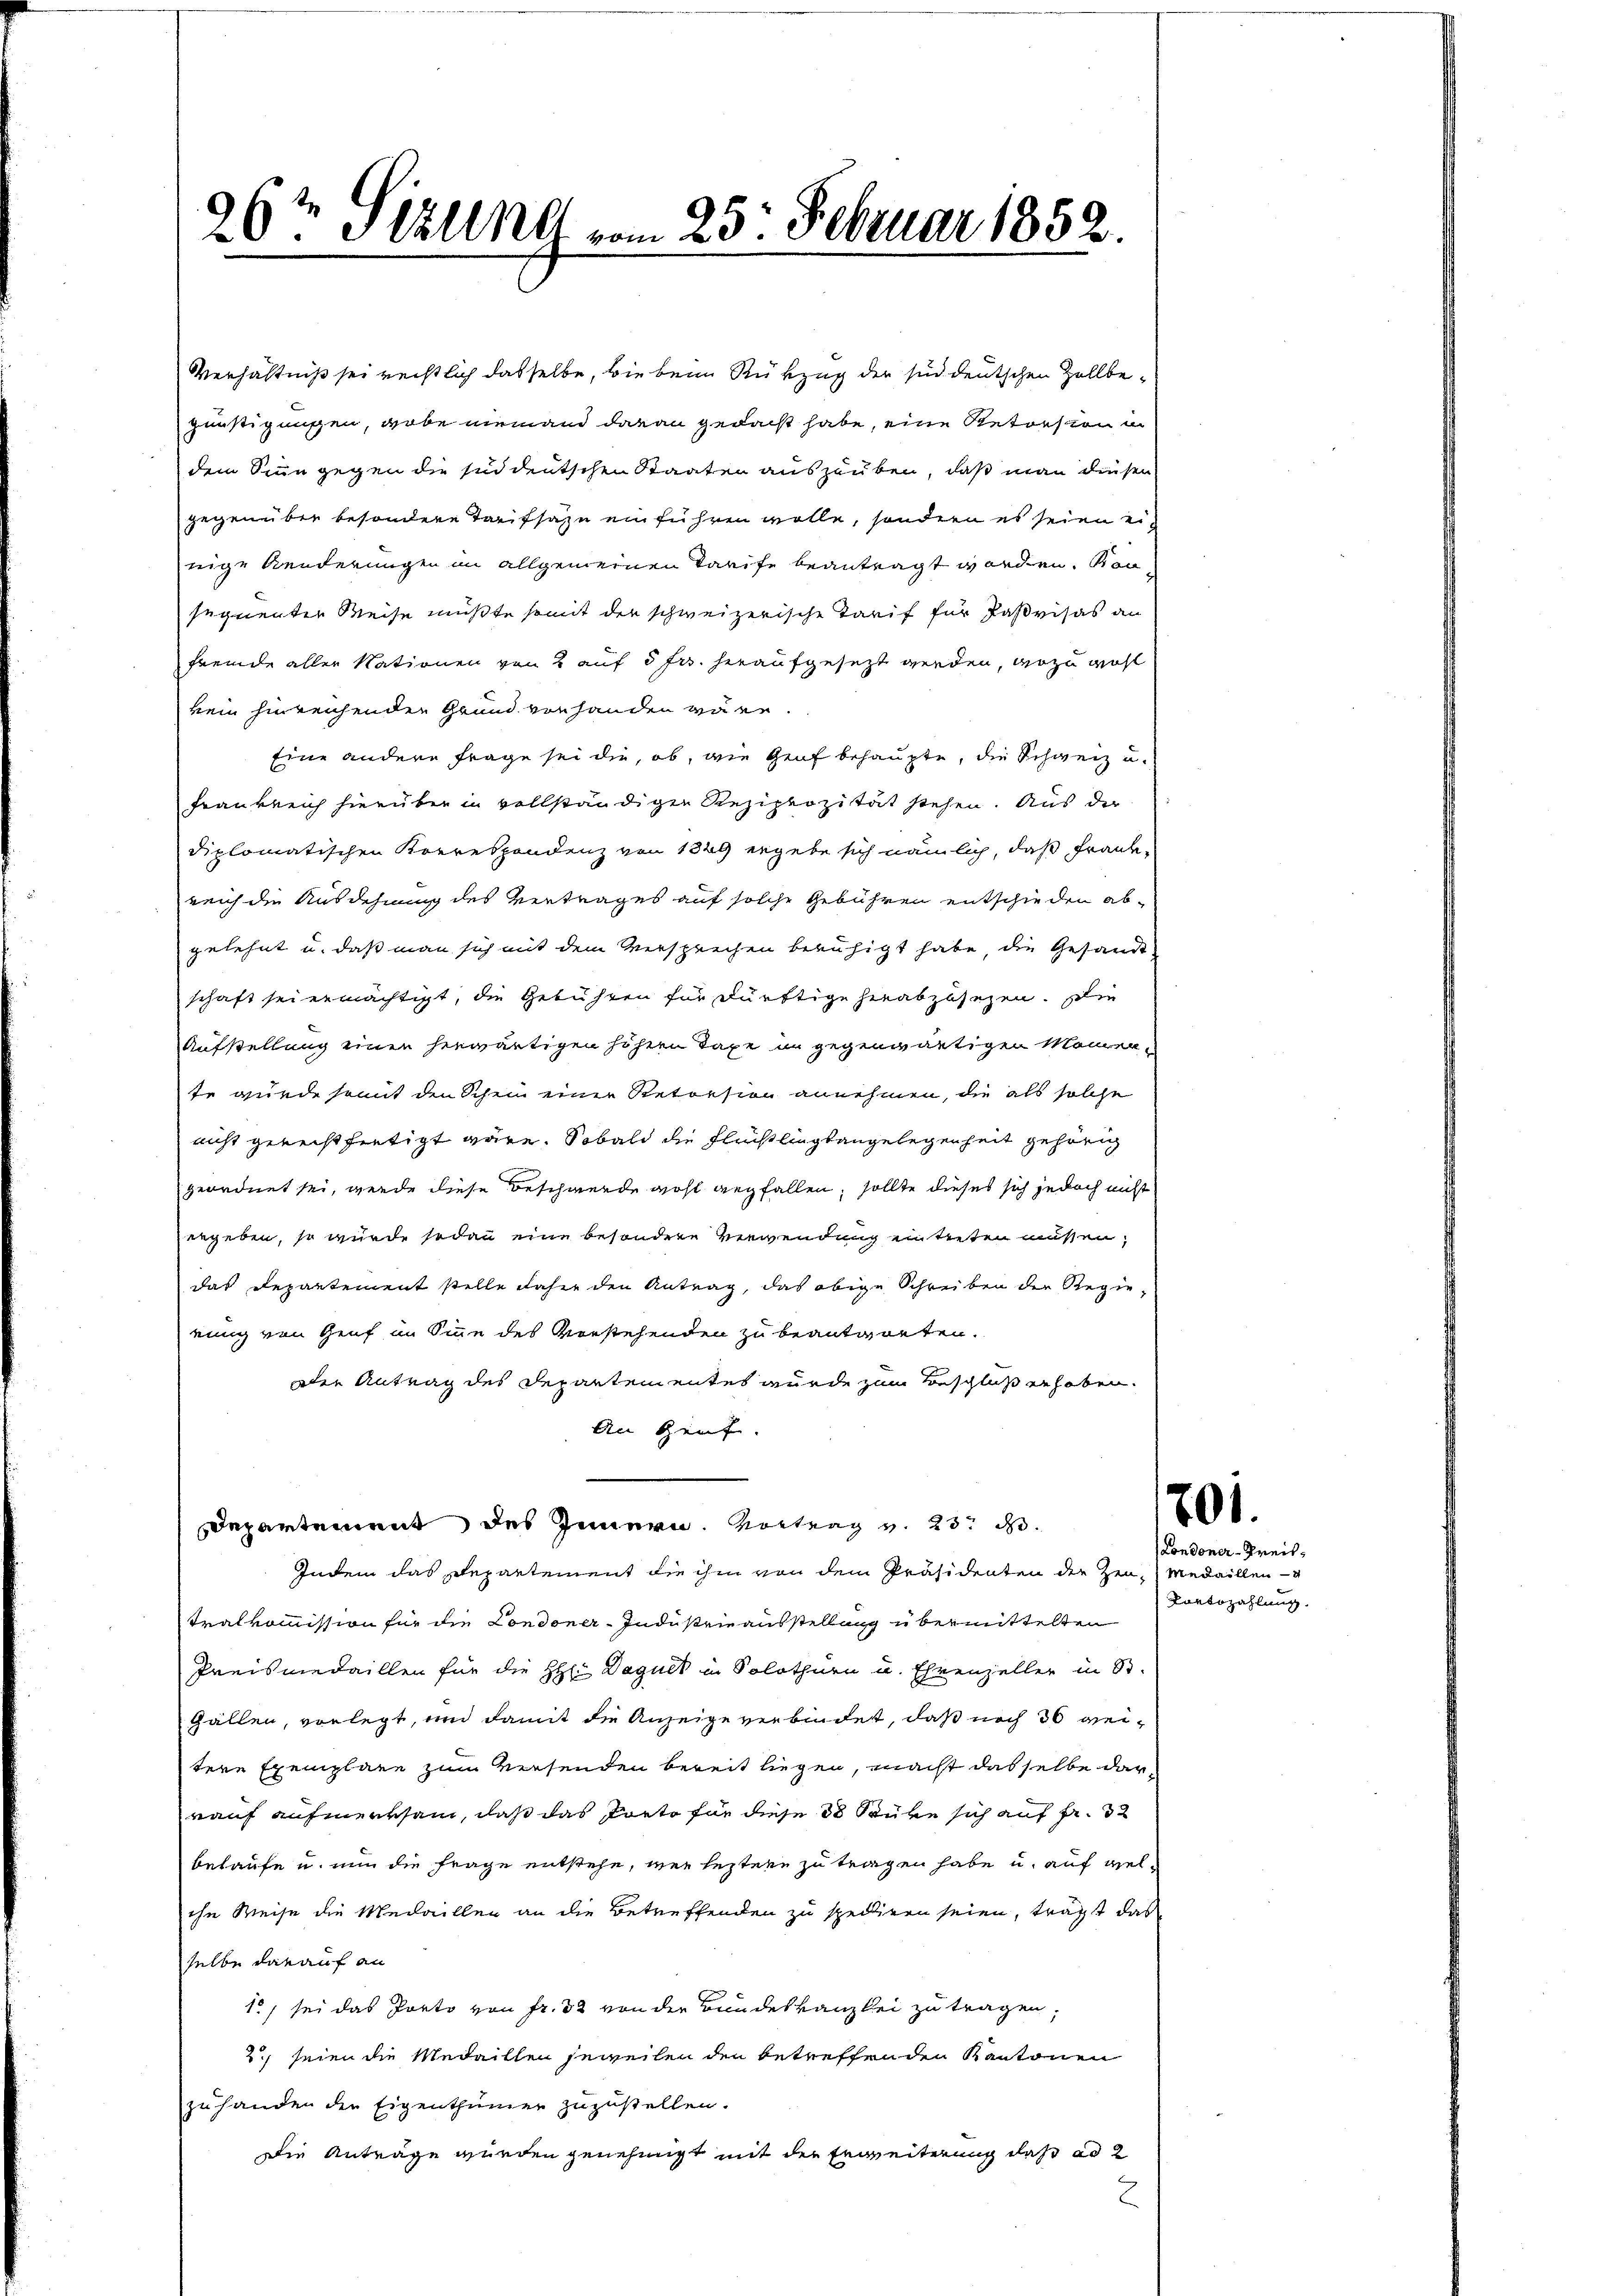
e
96te Stellt vom 23. Februar 1852.

Verhältniß sei rechtlich dasselbe, wie beim Rükzug der sind deutschen Zollbegünstigungen, wobe nieman daran gedacht habe, eine Retorsion in
dem Sinn gegen die süddeutschen Staaten auszauben, daß man diesen
gegenüber besondere Tarifsazu ein führen wolle, sondern es seien einige Aenderungen im allgemeinen Tarife beantragt worden. Kon
sequenter Weise müßte somit der schweizerische Tarif für Paßvisas an
fremde aller Nationen von 2 auf 3 Fr. heraufgesezt werden, wozu wohl
kein hinreichenden Grund vorhanden wäre.
Eine andere Frage sei die, ob, wie Graf behaupte, die Schweiz u.
Frankreich hierüber in vollständiger Reziprozität stehen. Aus der
diplomatischen Krerespondenz von 1849 ergebe sich nämlich, daß Frankreich die Ausdehnung des Vertrages auf solche Gebühren entschieden abgelehnt u. daß man sich mit dem Versprechen beruhigt habe, die Gesandt-
schaft sei ermächtigt, die Gebühren für dürftige herabzusetzen. Die
Aufstellung einen herwärtigen höhern Taxe in gegenwärtigen Momente wurde somit den Schein einer Retorsion annehmen, die als solche
nicht gerecht hierigt wäre. Sobald die Fluchtlingtangelegenheit gehörig
geordnet sei, werde diese Beschwerde wohl gegfallen, sollte dieses sich jedoch nicht
ergeben, so wurde sodann eine besondere Verwendung entreten müssen,
das Departement stelle daher den Antrag, das obige Schreiben der Regierung von Genf im Sinne des Vorstehenden zu beantworten.
Der Antrag des Departementes wurde zum Beschluß erhoben.
An Grafe.
8
Departement des Innern. Vortrag v. 23. d.
Indem das Departement die ihm von dem Präsidenten der Zeu-Medaillen-
tralkommission für die Londoner-Industrieausstellung übermittelten
Preismedaillen für die HH Daguet in Solothurn u. Ehrenzeller in St.
Gällen, vorlegt, und damit die Anzeige verbindet, daß noch 36 wertere Exemplare zum Versenden bereit liegen, macht dasselbe darrauf aufmerksam, daß das Porto für diese 3 Stube sich auf fr. 3
belaufe u. nun die Frage entstehe, wie leztere zu tragen habe u. auf welihe Weise die Medaillen an die Betreffenden zu spediren seien, trägt das
selbe darauf an
10, sei das Porto von Fr. 32 von der Bundeskanzlei zu tragen,
2., seien die Medaillen jeweilen den betreffenden Kantonen
zuhanden den Eigenthümer zuzustellen.
Die Anträge werden genehmigt mit der Erweiterung daß ad 2
2

01.

Londoner-Kreis¬
Portozahlung